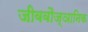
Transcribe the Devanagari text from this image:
जीववौज्ञानिक